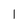
Character: 1